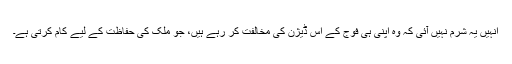
انہیں یہ شرم نہیں آئی کہ وہ اپنی ہی فوج کے اس ڈیژن کی مخالفت کر رہے ہیں، جو ملک کی حفاظت کے لیے کام کرتی ہے۔